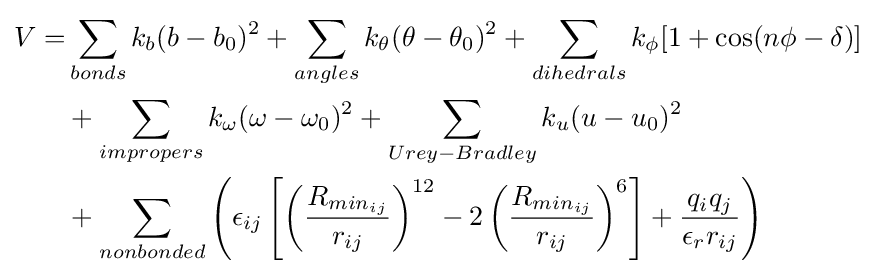
{\begin{aligned}V=&\sum _{bonds}k_{b}(b-b_{0})^{2}+\sum _{angles}k_{\theta }(\theta -\theta _{0})^{2}+\sum _{dihedrals}k_{\phi }[1+\cos(n\phi -\delta )]\\&+\sum _{impropers}k_{\omega }(\omega -\omega _{0})^{2}+\sum _{Urey-Bradley}k_{u}(u-u_{0})^{2}\\&+\sum _{nonbonded}\left(\epsilon _{ij}\left[\left({\frac {R_{min_{ij}}}{r_{ij}}}\right)^{12}-2\left({\frac {R_{min_{ij}}}{r_{ij}}}\right)^{6}\right]+{\frac {q_{i}q_{j}}{\epsilon _{r}r_{ij}}}\right)\end{aligned}}